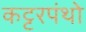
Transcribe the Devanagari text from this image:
कट्टरपंथो